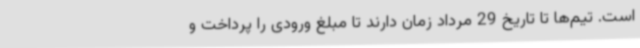
است. تیم‌ها تا تاریخ 29 مرداد زمان دارند تا مبلغ ورودی را پرداخت و